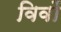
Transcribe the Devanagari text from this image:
विवों